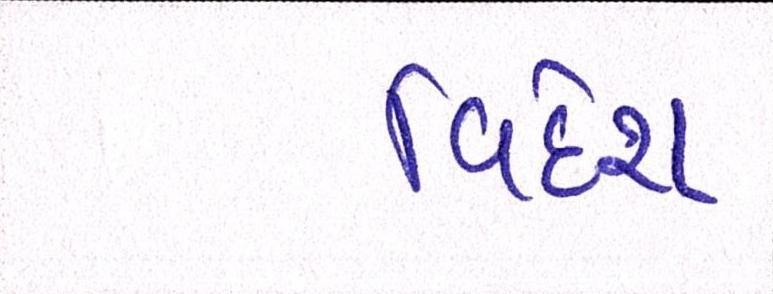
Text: વિદેશ